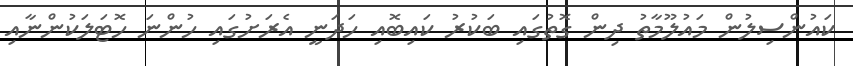
ކައުންސިލުން މައުލޫމާތު ދިން ގޮތުގައި ބަކުރު ކައިބޮއި ހަދަނީ އެރަށުގައި ހުންނަ ހޮޓަލަކުންނާއި